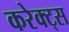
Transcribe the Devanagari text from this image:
करेक्ट्स